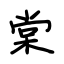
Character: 棠